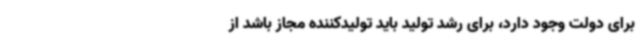
برای دولت وجود دارد، برای رشد تولید باید تولیدکننده مجاز باشد از